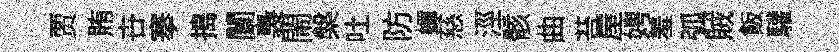
贾賄卋搴搗闤裊閙槃吐防蟬慈涇骸曲苔屋娉羞弧賊飯驩